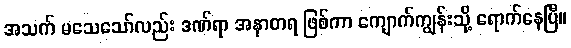
အသက် မသေသော်လည်း ဒဏ်ရာ အနာတရ ဖြစ်ကာ ကျောက်ကျွန်းသို့ ရောက်နေပြီ။